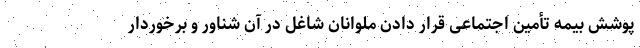
پوشش بیمه تأمین اجتماعی قرار دادن ملوانان شاغل در آن شناور و برخوردار